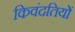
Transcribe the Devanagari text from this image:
किवंदतियों